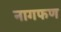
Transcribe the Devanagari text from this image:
नागफण